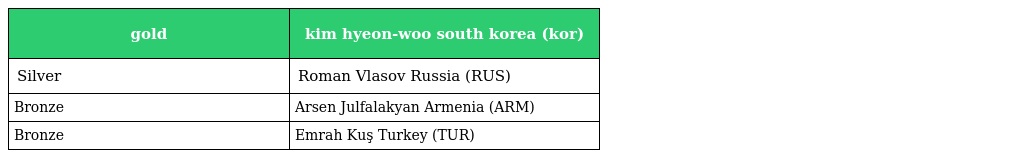
| gold | kim hyeon-woo south korea (kor) |
 | --- | --- |
 | Silver | Roman Vlasov Russia (RUS) |
 | Bronze | Arsen Julfalakyan Armenia (ARM) |
 | Bronze | Emrah Kuş Turkey (TUR) |